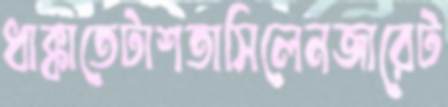
ধাক্কাতেটাশতাসিলেনজারেট